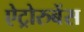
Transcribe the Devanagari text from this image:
ऐट्रोरुबेंस